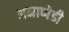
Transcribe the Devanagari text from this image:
अनाप्पेडी